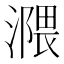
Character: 𣽻